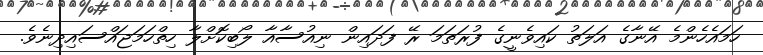
ހަމައެހެންމެ އޭނާގެ އަލަތު ކައިވެނީގެ ފުރަތަމަ ރޭ ފަދައިން ނިއުސާއާ ލޯބިކޮށްލާ ހިތްހަމަޖައްސައިދިނެވެ.